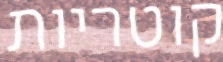
קוטריות